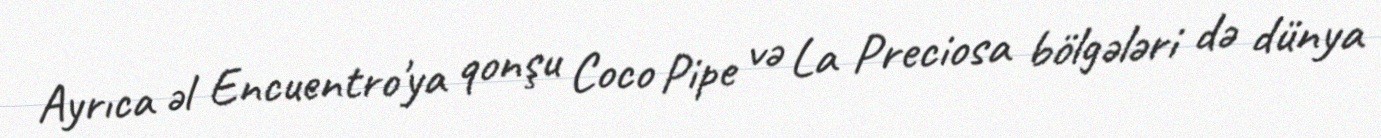
Ayrıca əl Encuentro'ya qonşu Coco Pipe və La Preciosa bölgələri də dünya